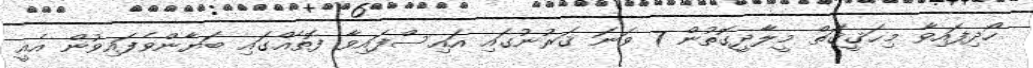
ހޯދިފައިވާ މިޙަޤީޤަތް މީލާދީގޮތުން 7 ވަނަ ޤަރުނުގައި އައިސްފައިވާ ފޮތެއްގައި ބަޔާންވެފައިވުން އެއީ